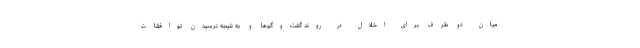
میان دو طرف برای اخلال در روند گفت‌وگوها و به نتیجه نرسیدن توافقات